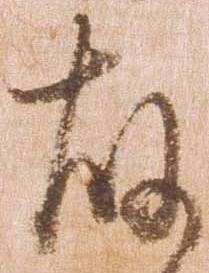
故